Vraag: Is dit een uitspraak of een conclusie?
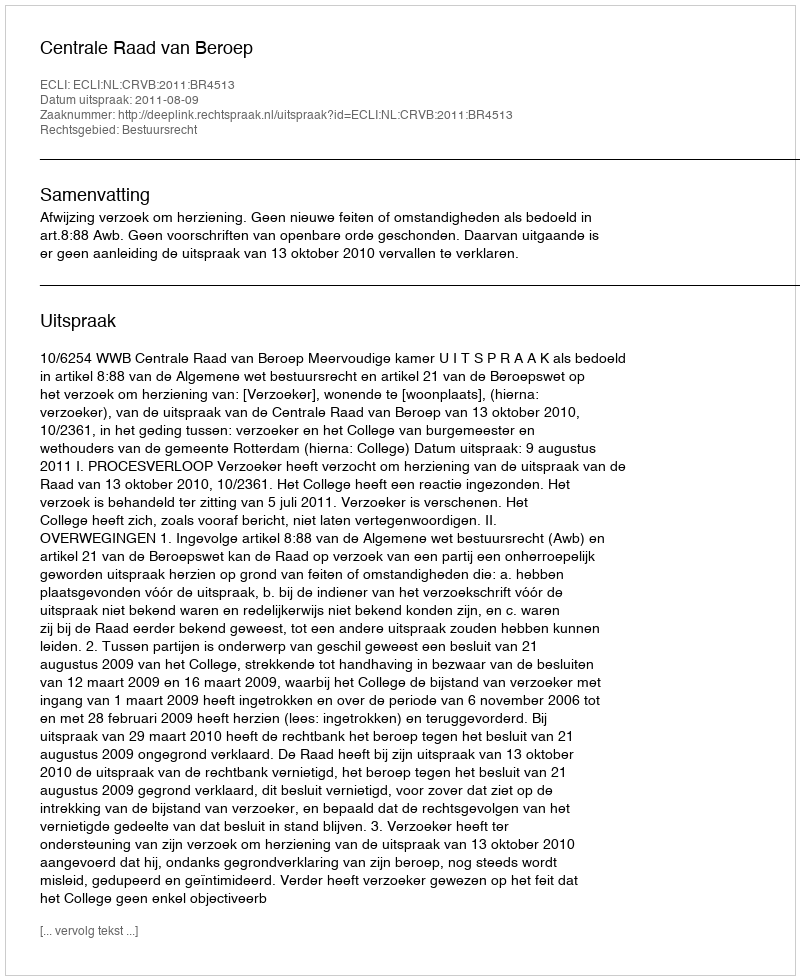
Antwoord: Uitspraak